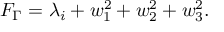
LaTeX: F _ { \Gamma } = \lambda _ { i } + w _ { 1 } ^ { 2 } + w _ { 2 } ^ { 2 } + w _ { 3 } ^ { 2 } .